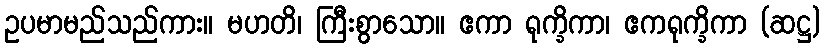
ဥပမာမည်သည်ကား။ မဟတိ၊ ကြီးစွာသော။ ဧကာ ရုက္ခိကာ၊ ဧကရုက္ခိကာ (ဆဋ္ဌ)